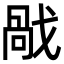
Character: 𢧘